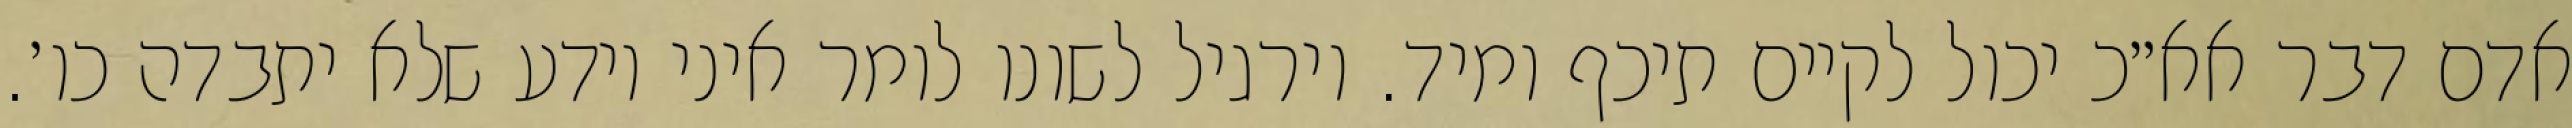
אדם דבר אא״כ יכול לקיים תיכף ומיד. וירגיל לשונו לומר איני יודע שלא יתבדה כו׳.